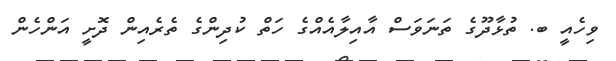
ވިހެއީ ބ. ތުޅާދޫގެ ތަނަވަސް އާއިލާއެއްގެ ހަތް ކުދިންގެ ތެރެއިން ދޮށީ އަންހެން